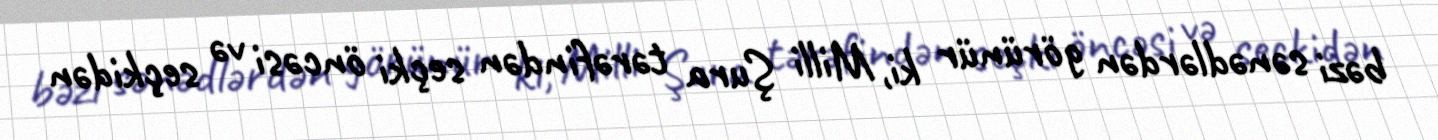
bəzi sənədlərdən görünür ki, Milli Şura tərəfindən seçki öncəsi və seçkidən